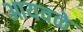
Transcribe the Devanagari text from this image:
आयवळे